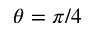
\theta = \pi / 4